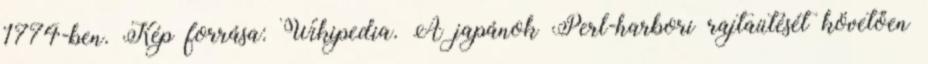
1774-ben. Kép forrása: Wikipedia. A japánok Perl-harbori rajtaütését követően